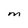
Character: M